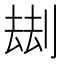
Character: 𠞗